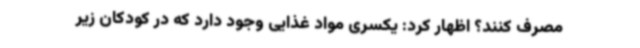
مصرف کنند؟ اظهار کرد: یکسری مواد غذایی وجود دارد که در کودکان زیر